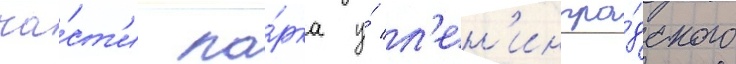
ча́ст'и па́рка у́ л'ен'ингра́дского